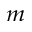
^ m